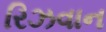
રિઝવાન